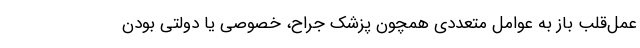
عمل‌قلب باز به عوامل متعددی همچون پزشک جراح، خصوصی یا دولتی بودن